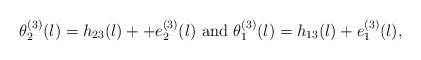
LaTeX: \begin{align*}\theta^{(3)}_{2}(l) = h_{23}(l) + + e^{(3)}_{2}(l) \mbox{ and } \theta^{(3)}_{1}(l) = h_{13}(l) + e^{(3)}_{1}(l),\end{align*}